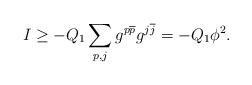
LaTeX: \begin{align*} I \geq - Q_1 \sum_{p, j} g^{p\overline{p}} g^{j\overline{j}} = -Q_1 \phi^2 .\end{align*}